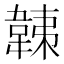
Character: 𩎴